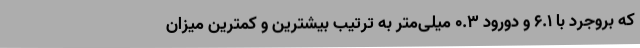
که بروجرد با 6.1 و دورود 0.3 میلی‌متر به ترتیب بیشترین و کمترین میزان